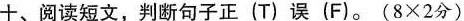
十、阅读短文,判断句子正(T)误 (F).(8×2分)